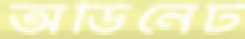
অর্ডিনেট